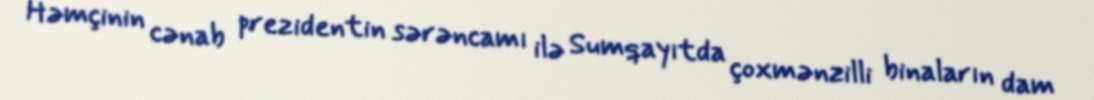
Həmçinin cənab prezidentin sərəncamı ilə Sumqayıtda çoxmənzilli binaların dam